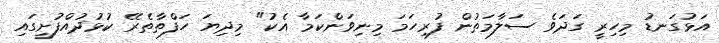
އަޅުގަނޑު މިހިރީ ގަދަވެ ސަލާމަތުން ފުރިހަމަ މިނިވަންކަމާ އެކު" މިދިޔަ ހަފްތާތެރޭ ކުޅުދުއްފުށީގައި